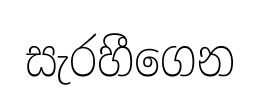
සැරහීගෙන